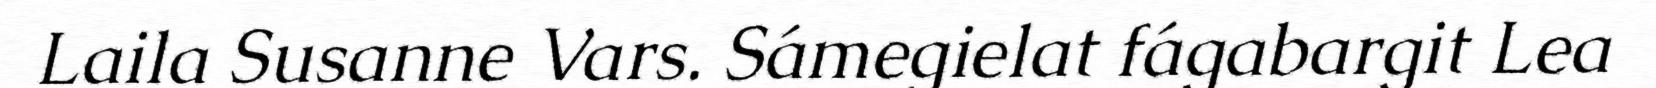
Laila Susanne Vars. Sámegielat fágabargit Lea